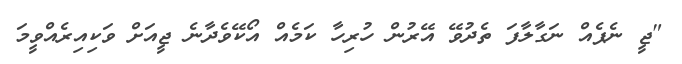
"ޖީ ނެޕެއް ނަގާލާފަ ތެދުވޭ އޭރުން ހުރިހާ ކަމެއް އޯކޭވެދާނެ ޖީއަށް ވަކިއިރެއްވީމަ